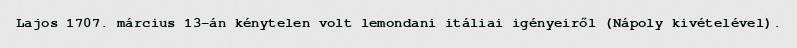
Lajos 1707. március 13-án kénytelen volt lemondani itáliai igényeiről (Nápoly kivételével).